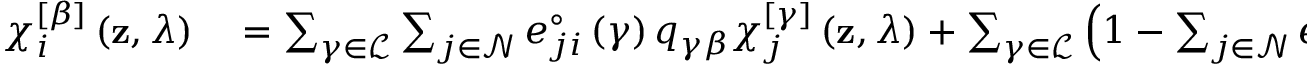
\begin{array} { r l } { \chi _ { i } ^ { \left[ \beta \right] } \left( \mathbf { z } , \lambda \right) } & { { } = \sum _ { \gamma \in \mathcal { L } } \sum _ { j \in \mathcal { N } } e _ { j i } ^ { \circ } \left( \gamma \right) q _ { \gamma \beta } \chi _ { j } ^ { \left[ \gamma \right] } \left( \mathbf { z } , \lambda \right) + \sum _ { \gamma \in \mathcal { L } } \left( 1 - \sum _ { j \in \mathcal { N } } e _ { j i } ^ { \circ } \left( \gamma \right) \right) q _ { \gamma \beta } \chi _ { i } ^ { \left[ \gamma \right] } \left( \mathbf { z } , \lambda \right) . } \end{array}